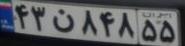
۴۳ن۸۴۸۵۵